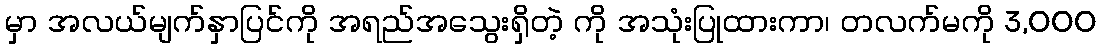
မှာ အလယ်မျက်နှာပြင်ကို အရည်အသွေးရှိတဲ့ ကို အသုံးပြုထားကာ၊ တလက်မကို 3,000